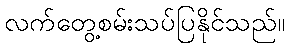
လက်တွေ့စမ်းသပ်ပြနိုင်သည်။